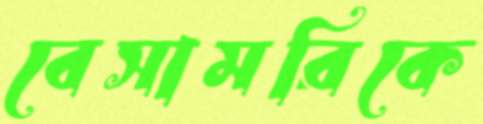
বেসামরিকে